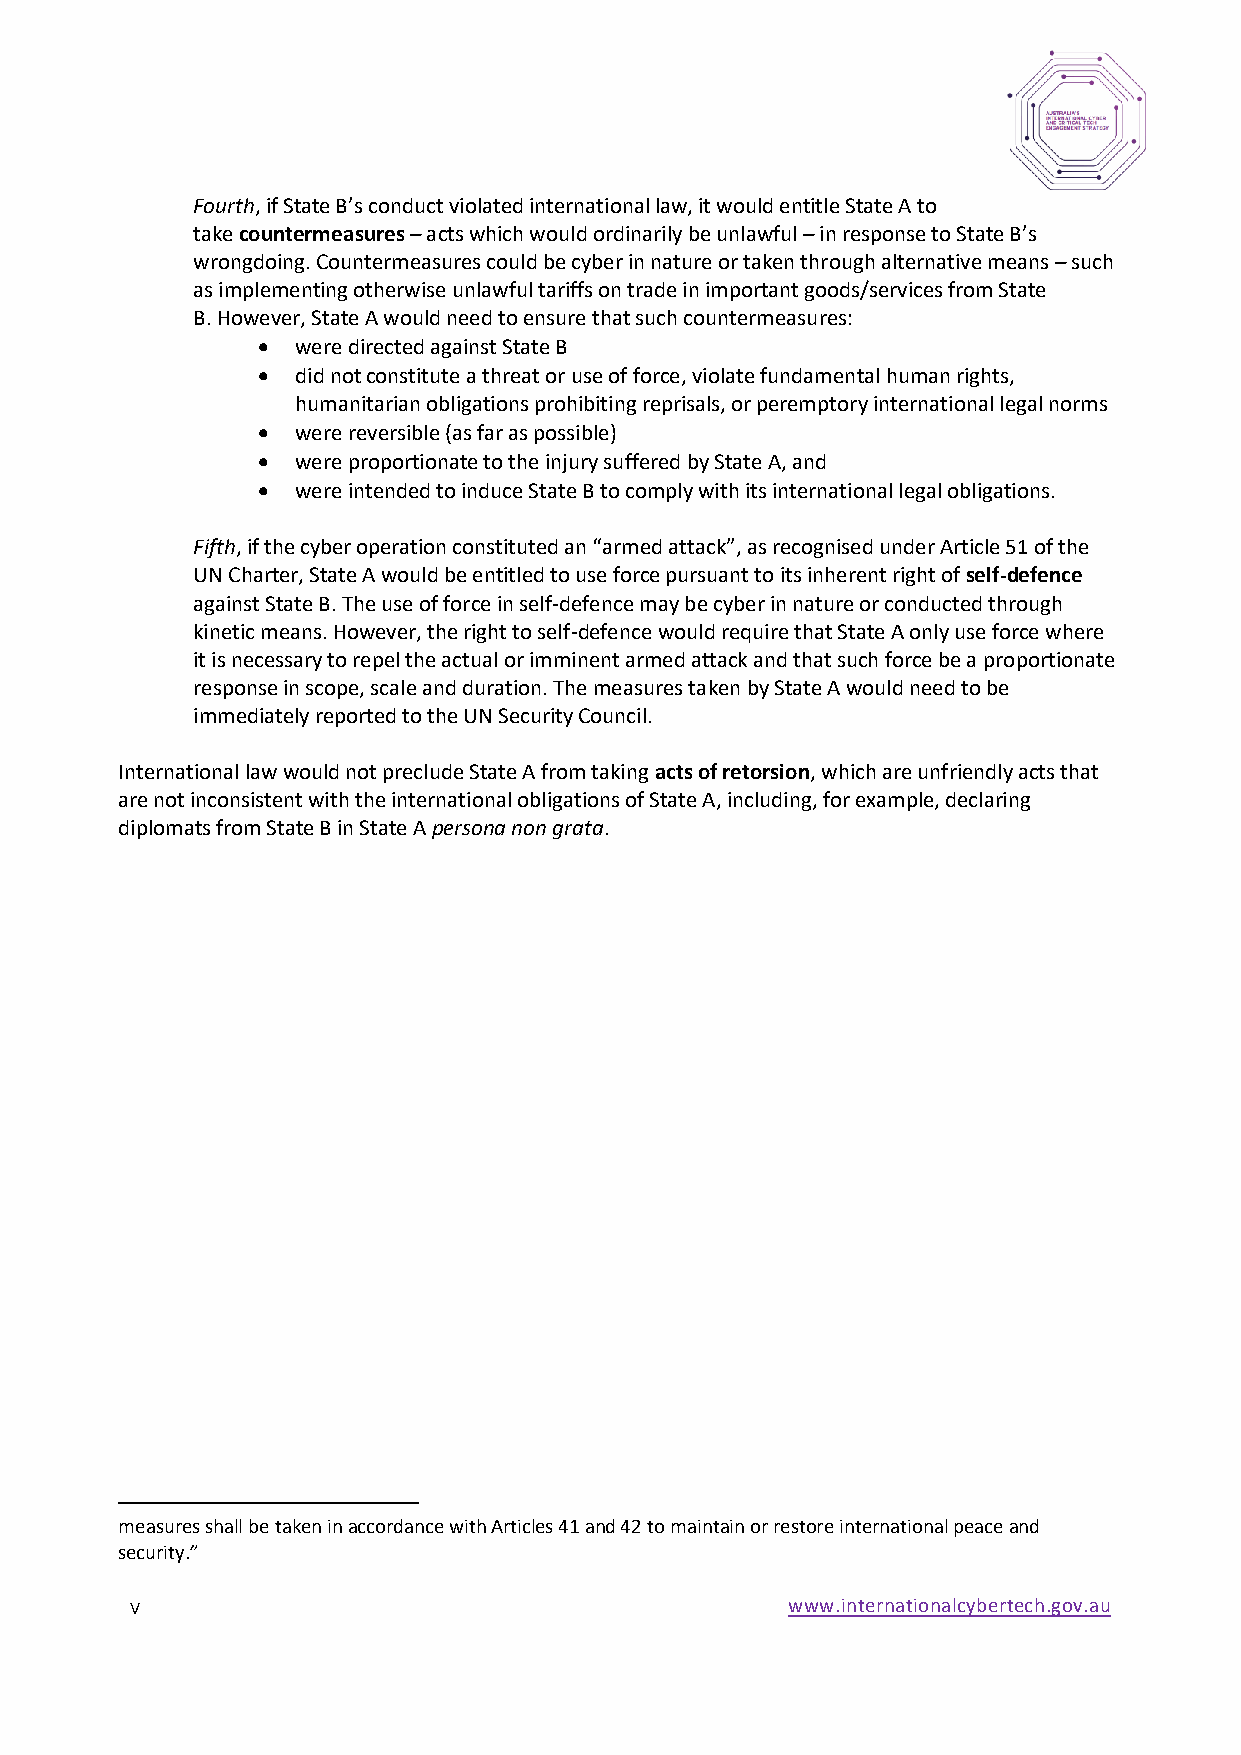
Fourth, if State B’s conduct violated international law, it would entitle State A to
 take countermeasures – acts which would ordinarily be unlawful – in response to State B’s
 wrongdoing. Countermeasures could be cyber in nature or taken through alternative means – such
 as implementing otherwise unlawful tariffs on trade in important goods/services from State
 B. However, State A would need to ensure that such countermeasures:
 •  were directed against State B
 •  did not constitute a threat or use of force, violate fundamental human rights,
 humanitarian obligations prohibiting reprisals, or peremptory international legal norms
 •  were reversible (as far as possible)
 •  were proportionate to the injury suffered by State A, and
 •  were intended to induce State B to comply with its international legal obligations.
 Fifth, if the cyber operation constituted an “armed attack”, as recognised under Article 51 of the
 UN Charter, State A would be entitled to use force pursuant to its inherent right of self-defence
 against State B. The use of force in self-defence may be cyber in nature or conducted through
 kinetic means. However, the right to self-defence would require that State A only use force where
 it is necessary to repel the actual or imminent armed attack and that such force be a proportionate
 response in scope, scale and duration. The measures taken by State A would need to be
 immediately reported to the UN Security Council.
 International law would not preclude State A from taking acts of retorsion, which are unfriendly acts that
 are not inconsistent with the international obligations of State A, including, for example, declaring
 diplomats from State B in State A persona non grata.
 measures shall be taken in accordance with Articles 41 and 42 to maintain or restore international peace and
 security.”
 v                                          www.internationalcybertech.gov.au